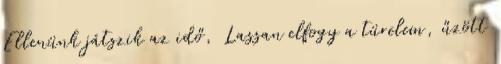
Ellenünk játszik az idő, Lassan elfogy a türelem, űzött